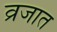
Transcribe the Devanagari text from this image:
व्रजात